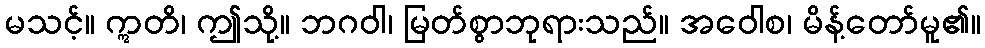
မသင့်။ ဣတိ၊ ဤသို့။ ဘဂဝါ၊ မြတ်စွာဘုရားသည်။ အဝေါစ၊ မိန့်တော်မူ၏။